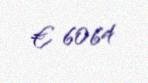
€ 6064